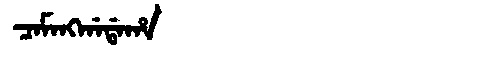
Manchu: ᠴᠠᠮᠠᠩᡤᠠᡩᠠᡥᠠ
Romanization: CAMANGGADAHA